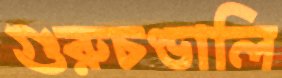
গুরুচণ্ডালি